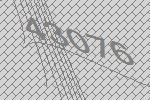
43076